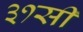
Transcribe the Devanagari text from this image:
३१सी